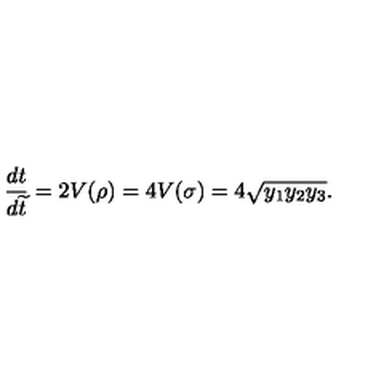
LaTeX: \frac { d t } { d \widetilde { t } } = 2 V ( \rho ) = 4 V ( \sigma ) = 4 \sqrt { y _ { 1 } y _ { 2 } y _ { 3 } } .